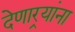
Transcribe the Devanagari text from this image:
देणार्‍यांना